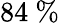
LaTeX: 84~\%